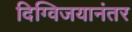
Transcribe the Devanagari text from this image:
दिग्विजयानंतर